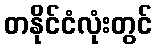
တနိုင်ငံလုံးတွင်